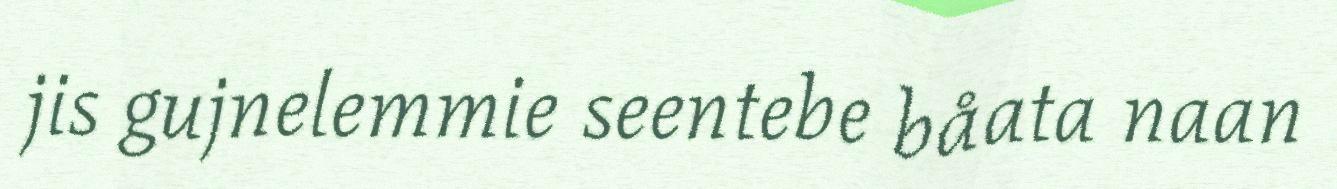
jis gujnelemmie seentebe båata naan